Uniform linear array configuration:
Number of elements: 64
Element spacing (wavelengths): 0.25
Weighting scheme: hann
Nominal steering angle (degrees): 45
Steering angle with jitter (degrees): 45.689
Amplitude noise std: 0.05
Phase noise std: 0.05

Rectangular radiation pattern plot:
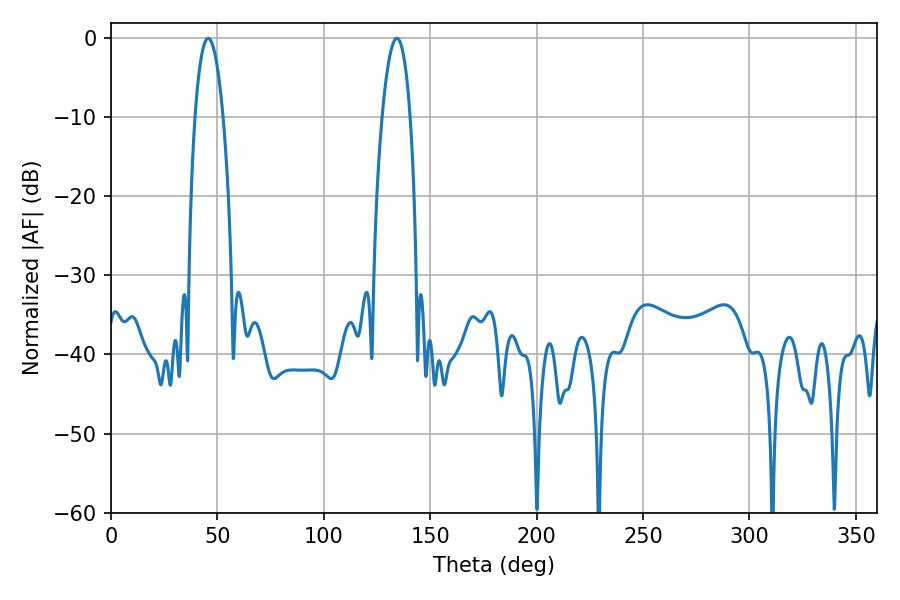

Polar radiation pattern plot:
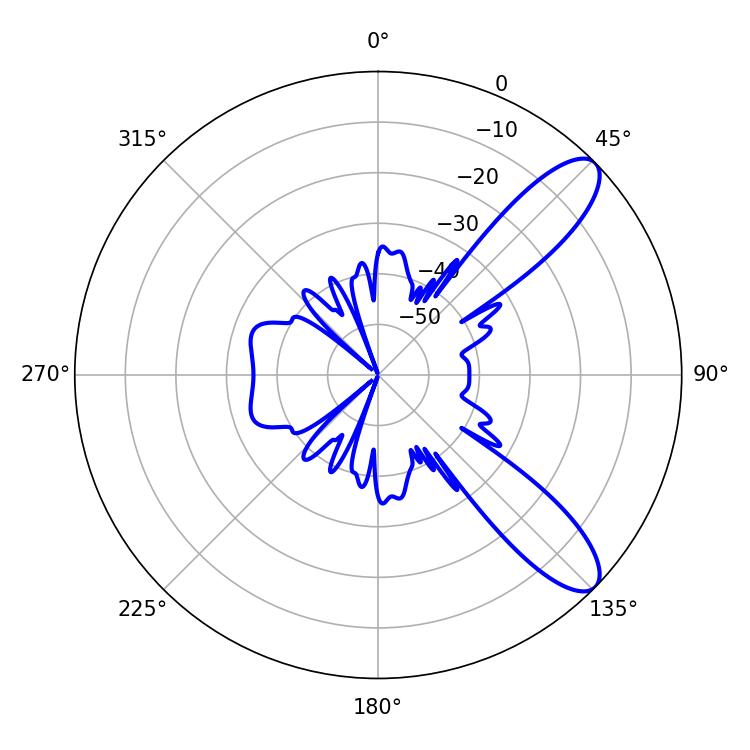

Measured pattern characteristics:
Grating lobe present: FALSE
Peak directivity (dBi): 10.083
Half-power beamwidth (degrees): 7.38
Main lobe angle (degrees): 134.28